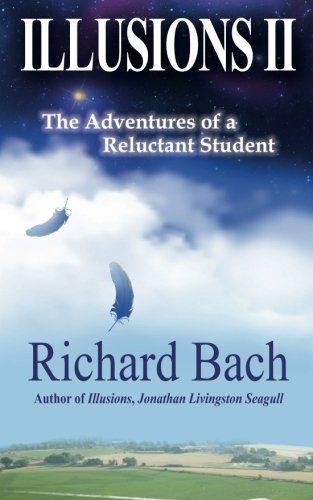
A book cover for Illusions II: The Adventures of a Reluctant Student; Richard Bach; Literature & Fiction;